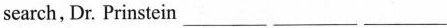
search, Dr. Prinstein___ ___ ___